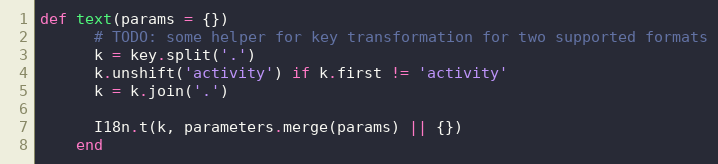
Language: Ruby
def text(params = {})
      # TODO: some helper for key transformation for two supported formats
      k = key.split('.')
      k.unshift('activity') if k.first != 'activity'
      k = k.join('.')

      I18n.t(k, parameters.merge(params) || {})
    end